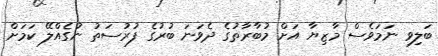
ބަލިވި ނަމަވެސް މާޒިޔާ އަށް މުބާރާތުގެ ދެވަނަ ބުރުގެ ފުުރުސަތު ނުގެއްލޭ ކަމަށް